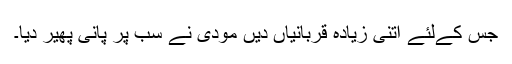
جس کےلئے اتنی زیادہ قربانیاں دیں مودی نے سب پر پانی پھیر دیا۔